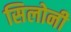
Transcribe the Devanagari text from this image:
सिलोनी